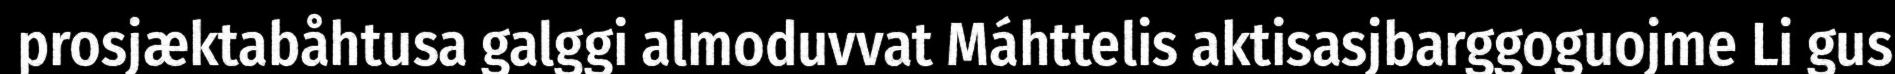
prosjæktabåhtusa galggi almoduvvat Máhttelis aktisasjbarggoguojme Li gus